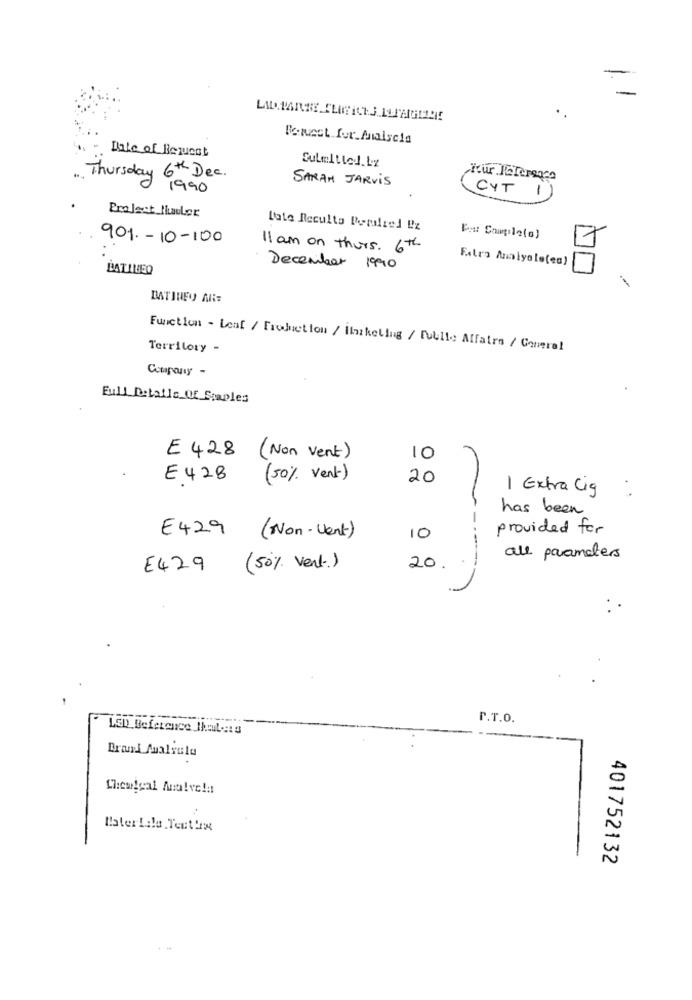
Date of Bewent
Submitted.by
Thursday 6th Dec.
SARAH JARVIS
Your JeTersaco
1990
CYT 1)
Project Hauler
Late Reculta Perdliel Pz
901- 10-100
11 am on thurs. 6th
BATILEO
December 1990
BATINEO ARE
Territory -
Function - Leaf / Freduction / IlnikeLing / Public Affairs / General
Coupany -
Full Details_Of_ Staples
E 428 (Non Vent)
10
20
E .428
( 50% vent )
1 Extra Cig
has been
provided for
E429
( Non - Vent )
10
----
all parameters
E429
( 50% vent )
20 .
P.T.O.
LsD Beference that -:: s
Brand Aualrule
Materiale Testing
401752132